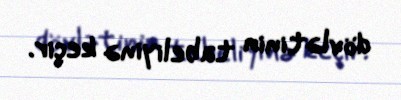
dövlətinin tabeliyinə keçir.